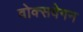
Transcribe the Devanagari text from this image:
वोक्सवेगन